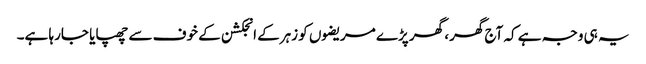
یہ ہی وجہ ہے کہ آج گھر، گھر پڑے مریضوں کو زہرکے انجکشن کے خوف سے چھپایا جارہا ہے۔